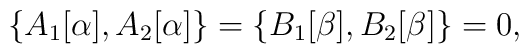
\{A_1[\alpha ],A_2[\alpha ]\}=\{B_1[\beta ],B_2[\beta ]\}=0,